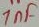
Text: 1nF